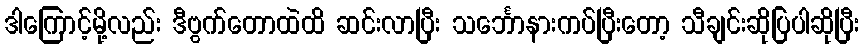
ဒါကြောင့်မို့လည်း ဒီဗွက်တောထဲထိ ဆင်းလာပြီး သင်္ဘောနားကပ်ပြီးတော့ သီချင်းဆိုပြပါဆိုပြီး